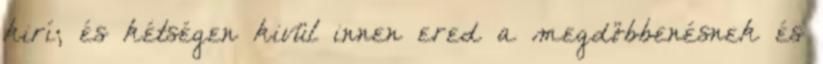
kirí; és kétségen kivül innen ered a megdöbbenésnek és